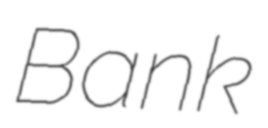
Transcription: Bank